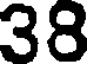
38